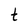
Character: t